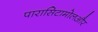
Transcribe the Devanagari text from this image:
पारासिटामोलऔर